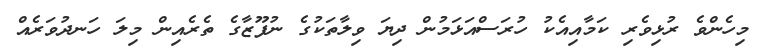
މިހެންވެ ރުޅިވެރި ކަމާއިއެކު ހުރަސްއަޅަމުން ދިޔަ ވިލާތަކުގެ ނުފޫޒާގެ ތެރެއިން މިލަ ހަނދުވަރެއް